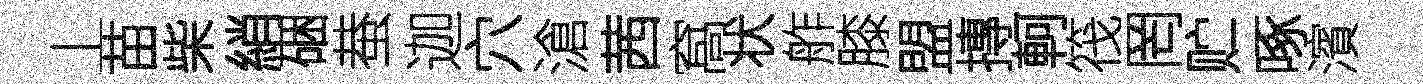
丄苗柴綃硱蛬迦穴滄茜窩状舴膝盟摶軻筏罔贮啄濱